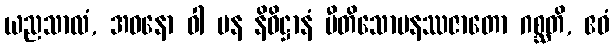
ယညသာလံ, အဓနော ဝါ ပန နိဓိဋ္ဌာနံ ပီတိသောမနဿဇာတော ဂစ္ဆတိ, ဧဝံ